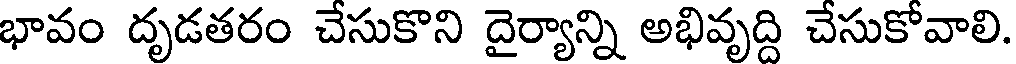
భావం దృడతరం చేసుకొని దైర్యాన్ని అభివృద్ది చేసుకోవాలి.